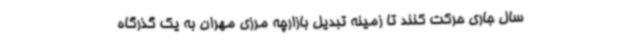
سال جاری حرکت کنند تا زمینه تبدیل بازارچه مرزی مهران به یک گذرگاه